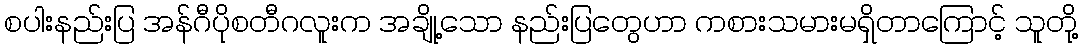
စပါးနည်းပြ အန်ဂီပိုစတီဂလူးက အချို့သော နည်းပြတွေဟာ ကစားသမားမရှိတာကြောင့် သူတို့